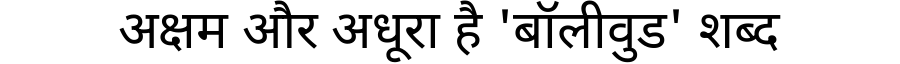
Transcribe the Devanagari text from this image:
अक्षम और अधूरा है 'बॉलीवुड' शब्द